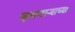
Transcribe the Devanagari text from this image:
म्हणणार्‍याच्या